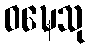
ဝဍ္ဎေသု